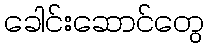
ခေါင်းဆောင်တွေ